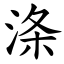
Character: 涤